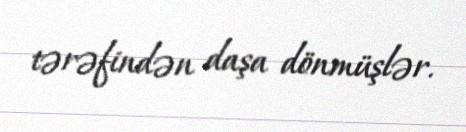
tərəfindən daşa dönmüşlər.